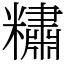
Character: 䊥